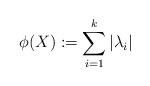
LaTeX: \begin{align*} \phi(X) := \sum_{i=1}^k | \lambda_i | \end{align*}